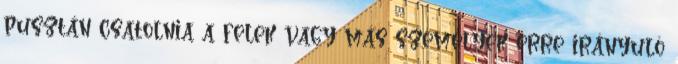
pusztán csatolnia a felek vagy más személyek erre irányuló